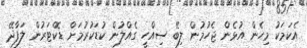
އެކަމަކު މިހެން އުޅެން ޖެހުމުން ލިބޭ ސިއްހީ ގެއްލުން ކުޑަކުރުމަށް ޑޮކްޓަރުން ލަފާދޭ